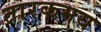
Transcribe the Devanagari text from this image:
तारकमय